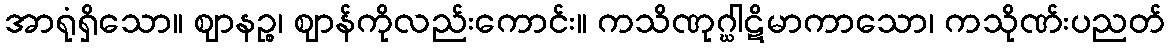
အာရုံရှိသော။ ဈာနဉ္စ၊ ဈာန်ကိုလည်းကောင်း။ ကသိဏုဂ္ဃါဋိမာကာသော၊ ကသိုဏ်းပညတ်